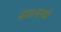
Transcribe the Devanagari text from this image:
प्रातःसमयी